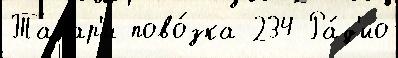
Талар'и пово́зка 234 Ра́д'ио